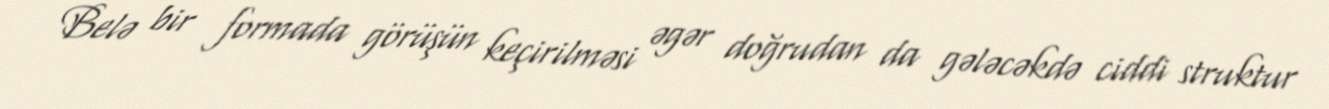
Belə bir formada görüşün keçirilməsi əgər doğrudan da gələcəkdə ciddi struktur